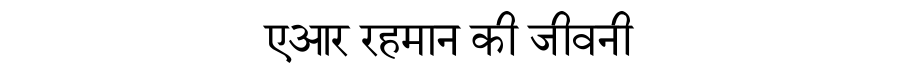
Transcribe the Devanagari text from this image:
एआर रहमान की जीवनी